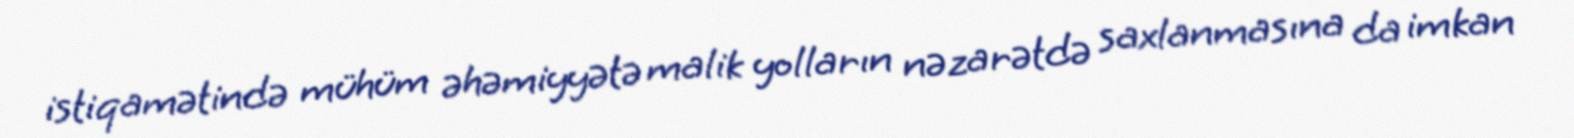
istiqamətində mühüm əhəmiyyətə malik yolların nəzarətdə saxlanmasına da imkan